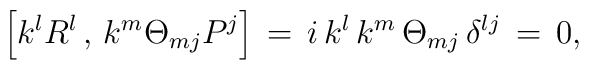
\left[k^l R^l\,,\,k^m \Theta_{mj} P^j\right]\,=\,i\,k^l \,k^m \,\Theta_{mj}\,\delta^{lj}\,=\,0,